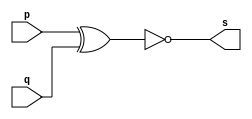
// ------------------------- 
// Exercicio0003 - XNOR
// Nome: Rodrigo Arruda de Assis 
// ------------------------- 

// ------------------------- 
// -- xnor gate 
// ------------------------- 
	module xnorgate ( output s, 
	input p, q); 
	assign s = ~(p^q); 
	endmodule // xnorgate 

// --------------------- 
// -- test xnor gate 
// --------------------- 
	module testxnorgate; 

// ------------------------- dados locais 
	reg a, b; // definir registradores 
	wire s; // definir conexao (fio) 

// ------------------------- instancia 
	xnorgate XNOR1 (s, a, b); 

// ------------------------- preparacao 
	initial begin:start 
// atribuicao simultanea 
// dos valores iniciais 
	a=0; b=0; 
end 

// ------------------------- parte principal 
	initial begin 
	$display("Exercicio0003 - Rodrigo Arruda de Assis - 427460"); 
	$display("Test XNOR gate"); 
	$display("\na & b = s\n"); 
		a=0; b=0; 
	#1 $display("%b & %b = %b", a, b, s); 
		a=0; b=1; 
	#1 $display("%b & %b = %b", a, b, s); 
		a=1; b=0; 
	#1 $display("%b & %b = %b", a, b, s); 
		a=1; b=1; 
	#1 $display("%b & %b = %b", a, b, s); 
end 
endmodule // testxnorgate